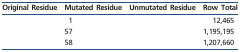
<table><thead><tr><td><b>Original Residue</b></td><td><b>Mutated Residue</b></td><td><b>Unmutated Residue</b></td><td><b>Row Total</b></td></tr></thead><tbody><tr><td>[EMPTY_CELL]</td><td>1</td><td>[EMPTY_CELL]</td><td>12,465</td></tr><tr><td>[EMPTY_CELL]</td><td>57</td><td>[EMPTY_CELL]</td><td>1,195,195</td></tr><tr><td>[EMPTY_CELL]</td><td>58</td><td>[EMPTY_CELL]</td><td>1,207,660</td></tr></tbody></table>